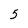
Character: 5